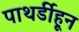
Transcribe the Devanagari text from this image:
पाथर्डीहून